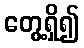
တွေ့ရှိ၍